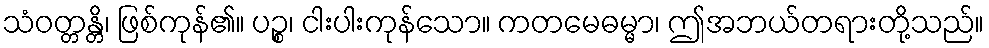
သံဝတ္တန္တိ၊ ဖြစ်ကုန်၏။ ပဉ္စ၊ ငါးပါးကုန်သော။ ကတမေဓမ္မာ၊ ဤအဘယ်တရားတို့သည်။